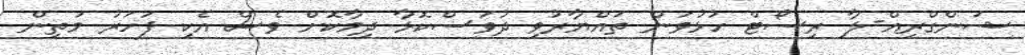
ޝަންގްރިއް-ލާ ރިސޯޓް ހުޅުވަން ތައްޔާރުވި ދުވަސްކޮޅާ ދިމާކޮށް ވެސް އެކި ފަހަރު މަތިން